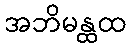
အဘိမန္ထထ